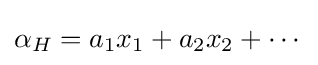
\alpha _{H}=a_{1}x_{1}+a_{2}x_{2}+\cdots